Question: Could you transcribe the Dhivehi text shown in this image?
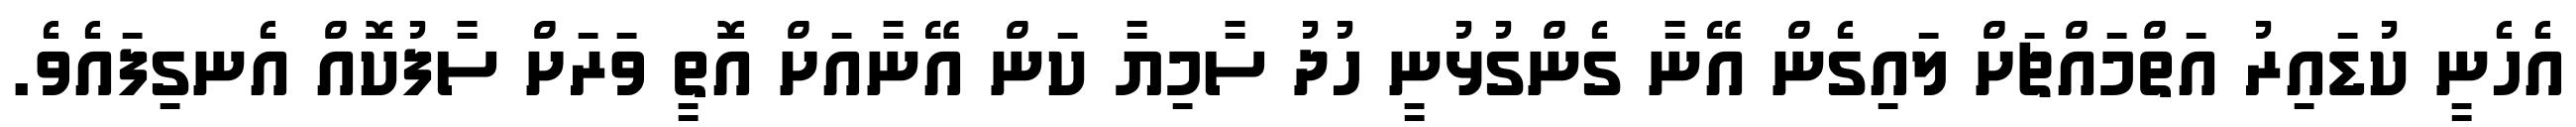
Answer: އެހެނީ ކުޑައިރު އަތްމައްޗަށް ލައިގެން އޭނާ ގެންގުޅުނީ ހުދު ސާމިޔާ ކަން އޭނާއަށް އޮތީ ވަރަށް ސާފުކޮއް އެނގިފައެވެ.